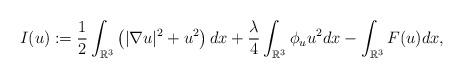
LaTeX: \begin{align*}I(u) := \frac{1}{2}\int_{\mathbb R^{3}}\left(|\nabla u|^{2}+u^{2}\right)dx+\frac\lambda4 \int_{\mathbb R^{3}} \phi_{u}u^{2}dx-\int_{\mathbb R^{3}}F(u) dx,\end{align*}